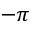
- \pi